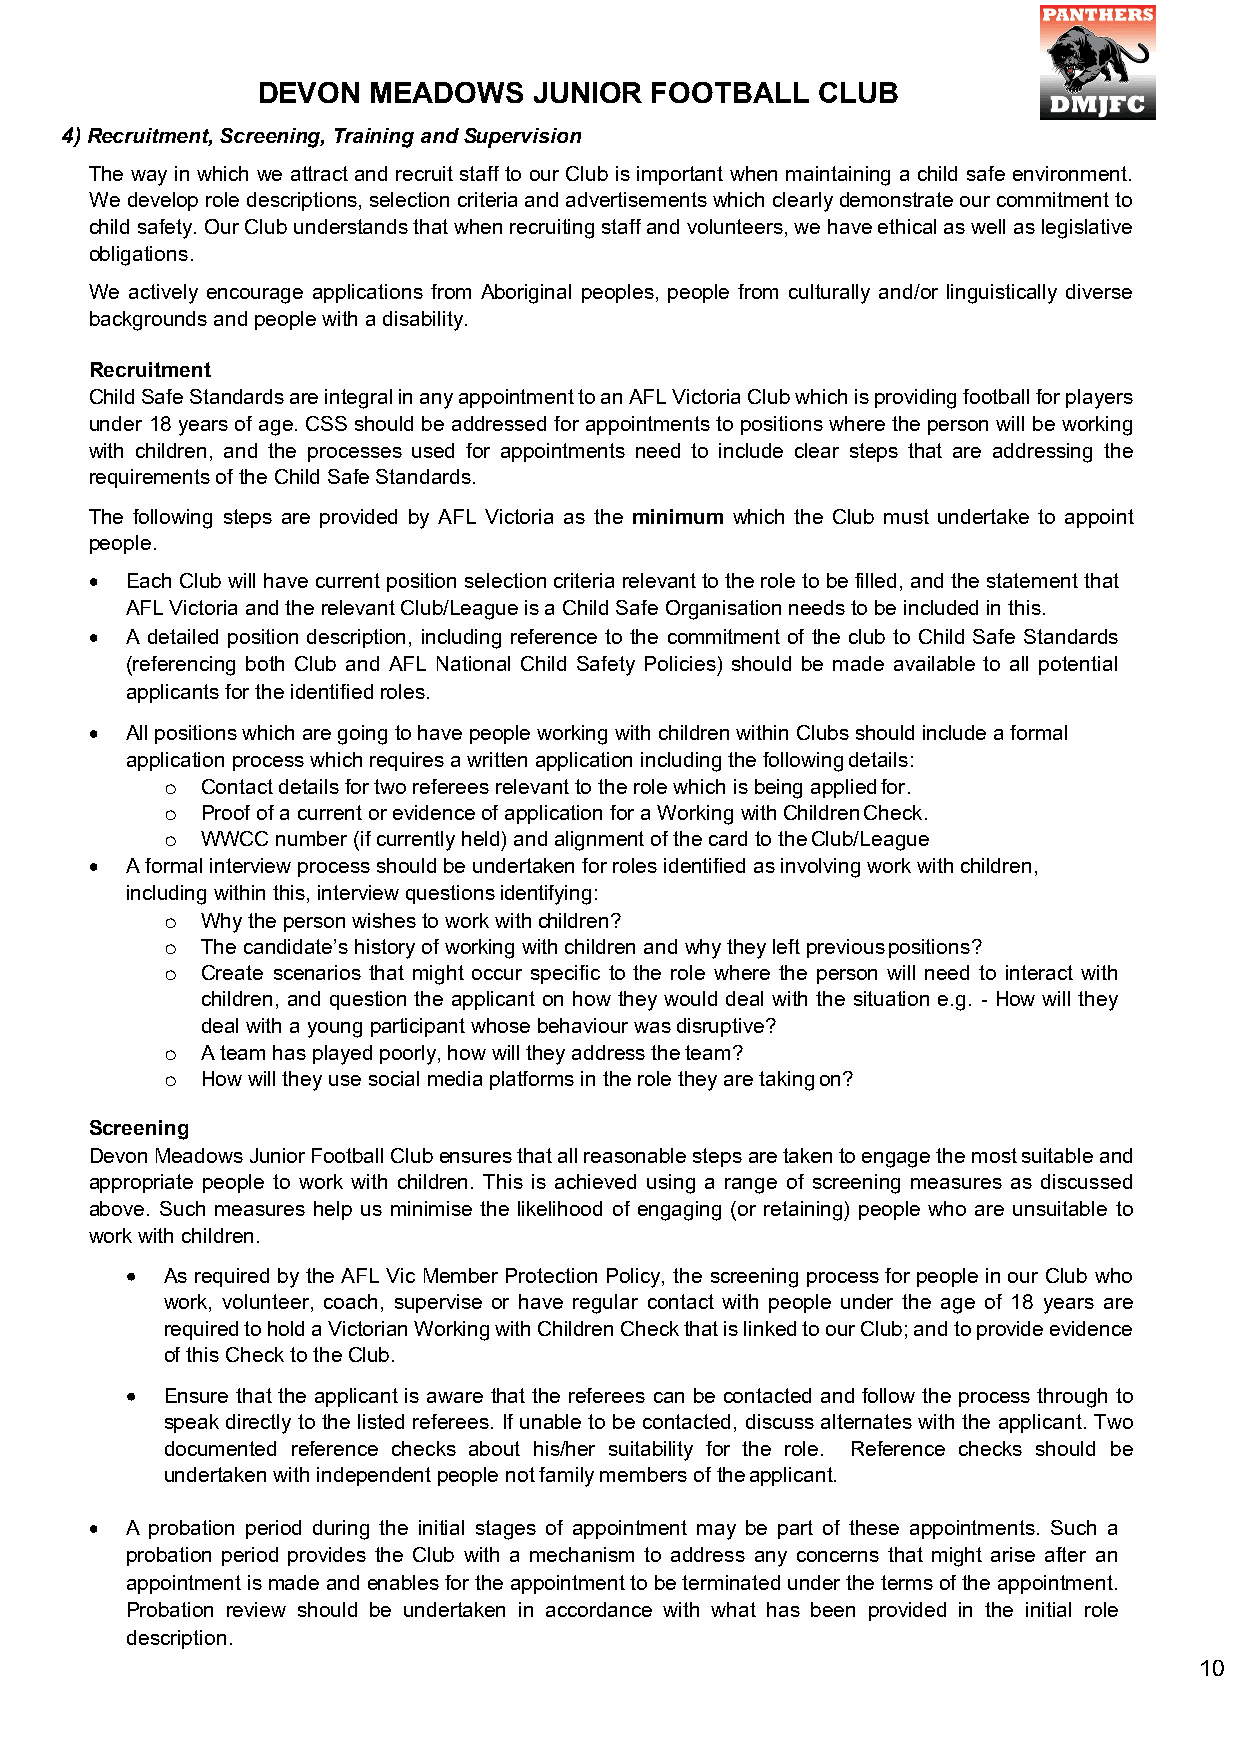
DEVON  MEADOWS    JUNIOR  FOOTBALL   CLUB
 4) Recruitment, Screening, Training and Supervision
 The way in which we attract and recruit staff to our Club is important when maintaining a child safe environment.
 We develop role descriptions, selection criteria and advertisements which clearly demonstrate our commitment to
 child safety. Our Club understands that when recruiting staff and volunteers, we have ethical as well as legislative
 obligations.
 We actively encourage applications from Aboriginal peoples, people from culturally and/or linguistically diverse
 backgrounds and people with a disability.
 Recruitment
 Child Safe Standards are integral in any appointment to an AFL Victoria Club which is providing football for players
 under 18 years of age. CSS should be addressed for appointments to positions where the person will be working
 with children, and the processes used for appointments need to include clear steps that are addressing the
 requirements of the Child Safe Standards.
 The following steps are provided by AFL Victoria as the minimum which the Club must undertake to appoint
 people.
 • Each Club will have current position selection criteria relevant to the role to be filled, and the statement that
 AFL Victoria and the relevant Club/League is a Child Safe Organisation needs to be included in this.
 • A detailed position description, including reference to the commitment of the club to Child Safe Standards
 (referencing both Club and AFL National Child Safety Policies) should be made available to all potential
 applicants for the identified roles.
 • All positions which are going to have people working with children within Clubs should include a formal
 application process which requires a written application including the following details:
 Contact details for two referees relevant to the role which is being applied for.
 o
 Proof of a current or evidence of application for a Working with Children Check.
 o
 WWCC number (if currently held) and alignment of the card to the Club/League
 o
 • A formal interview process should be undertaken for roles identified as involving work with children,
 including within this, interview questions identifying:
 Why the person wishes to work with children?
 o
 The candidate’s history of working with children and why they left previous positions?
 o
 Create scenarios that might occur specific to the role where the person will need to interact with
 o
 children, and question the applicant on how they would deal with the situation e.g. - How will they
 deal with a young participant whose behaviour was disruptive?
 A team has played poorly, how will they address the team?
 o
 How will they use social media platforms in the role they are taking on?
 o
 Screening
 Devon Meadows Junior Football Club ensures that all reasonable steps are taken to engage the most suitable and
 appropriate people to work with children. This is achieved using a range of screening measures as discussed
 above. Such measures help us minimise the likelihood of engaging (or retaining) people who are unsuitable to
 work with children.
 •  As required by the AFL Vic Member Protection Policy, the screening process for people in our Club who
 work, volunteer, coach, supervise or have regular contact with people under the age of 18 years are
 required to hold a Victorian Working with Children Check that is linked to our Club; and to provide evidence
 of this Check to the Club.
 •  Ensure that the applicant is aware that the referees can be contacted and follow the process through to
 speak directly to the listed referees. If unable to be contacted, discuss alternates with the applicant. Two
 documented reference checks about his/her suitability for the role. Reference checks should be
 undertaken with independent people not family members of the applicant.
 • A probation period during the initial stages of appointment may be part of these appointments. Such a
 probation period provides the Club with a mechanism to address any concerns that might arise after an
 appointment is made and enables for the appointment to be terminated under the terms of the appointment.
 Probation review should be undertaken in accordance with what has been provided in the initial role
 description.
 10